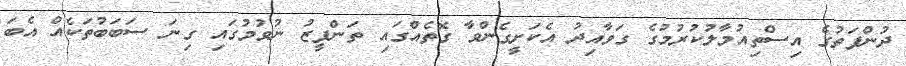
ދުންފަތުގެ އިސްތިއުމާލުކުރުމުގެ ގަވާއިދު އެކަށީގެންވާ ގޮތެއްގައި ތަންފީޒު ނުވުމުގައި ގިނަ ސަބަބުތަކެއް އެބަ